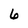
Character: 6